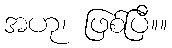
အဟု၊ ဖြစ်ပြီ။။